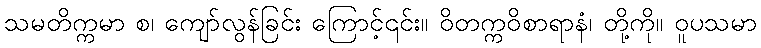
သမတိက္ကမာ စ၊ ကျော်လွန်ခြင်း ကြောင့်၎င်း။ ဝိတက္ကဝိစာရာနံ၊ တို့ကို။ ဝူပသမာ